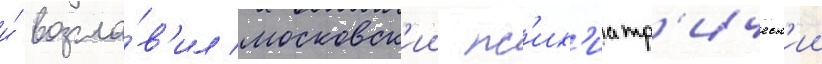
и́ возгла́в'ил московск'ии пс'их'иатр'ическ'ии